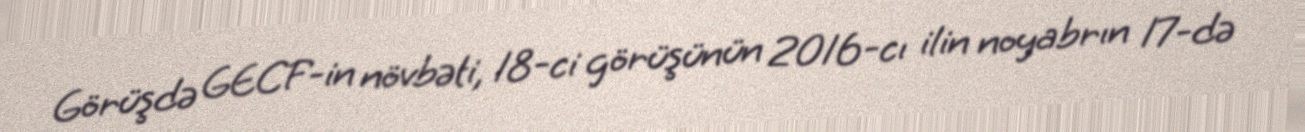
Görüşdə GECF-in növbəti, 18-ci görüşünün 2016-cı ilin noyabrın 17-də